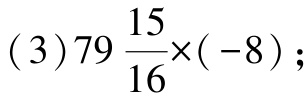
(3)$79\frac{15}{16}\times(-8)$；